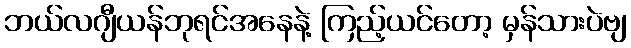
ဘယ်လဂျီယန်ဘုရင်အနေနဲ့ ကြည့်ယင်တော့ မှန်သားပဲဗျ